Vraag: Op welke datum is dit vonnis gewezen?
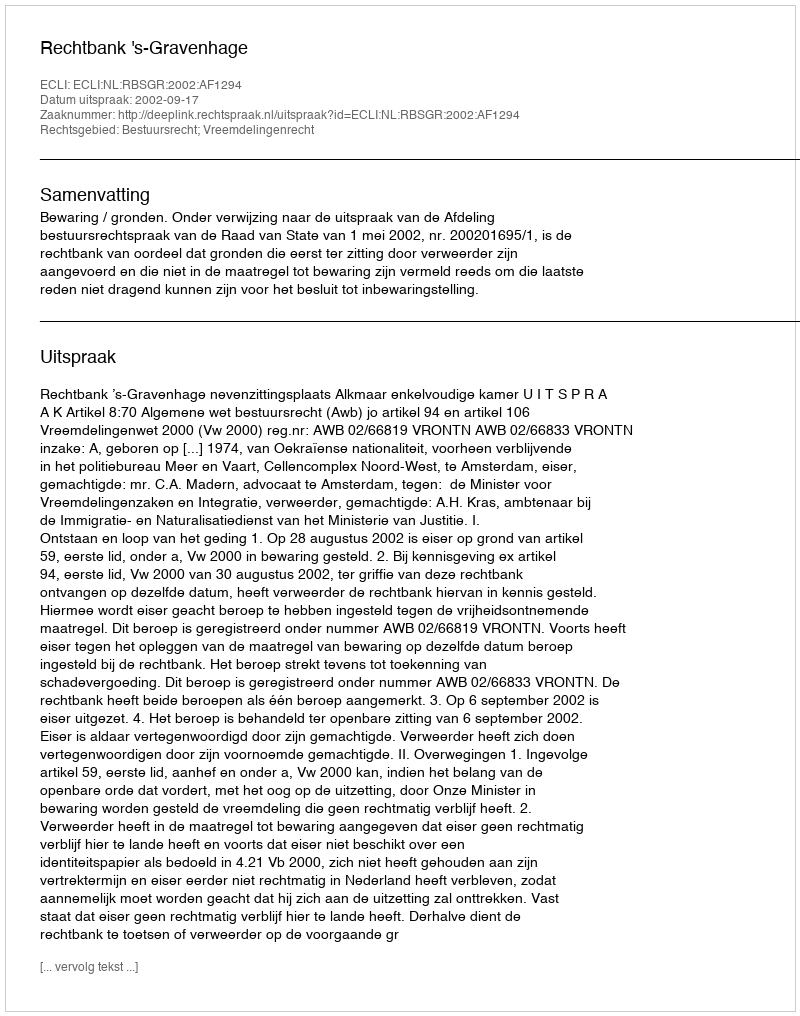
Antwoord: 2002-09-17